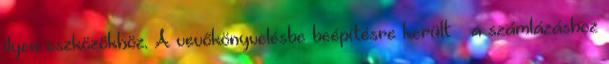
ilyen eszközökhöz. A vevőkönyvelésbe beépítésre került – a számlázáshoz